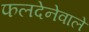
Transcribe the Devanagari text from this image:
फलदेनेवाले